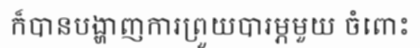
ក៏បានបង្ហាញការព្រួយបារម្ភមួយ ចំពោះ